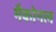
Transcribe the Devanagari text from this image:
मैकोनल